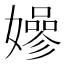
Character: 𡣏